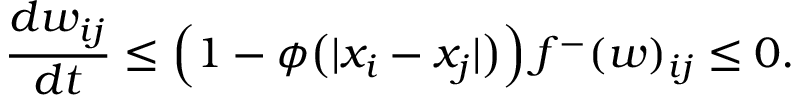
\frac { d w _ { i j } } { d t } \leq \Big ( 1 - \phi \big ( | x _ { i } - x _ { j } | \big ) \Big ) \, f ^ { - } ( w ) _ { i j } \leq 0 .